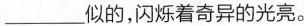
___似的，闪烁着奇异的光亮。